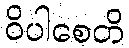
ဝိပါစေတိ